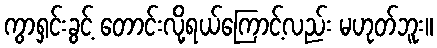
ကွာရှင်းခွင့် တောင်းလို့ရယ်ကြောင့်လည်း မဟုတ်ဘူး။